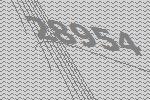
28954